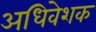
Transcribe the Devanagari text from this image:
अधिवेशक